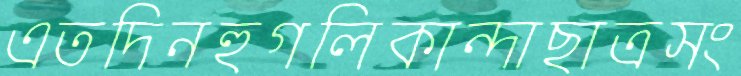
এতদিনহুগলিকান্দাছাত্রসং